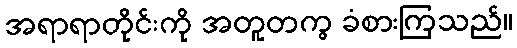
အရာရာတိုင်းကို အတူတကွ ခံစားကြသည်။